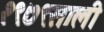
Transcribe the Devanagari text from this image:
१९७९साली